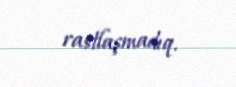
rastlaşmadıq.